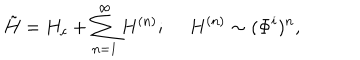
\tilde { H } = H _ { c } + \sum _ { n = 1 } ^ { \infty } H ^ { ( n ) } ; { } ~ ~ H ^ { ( n ) } \sim ( \Phi ^ { i } ) ^ { n } ,